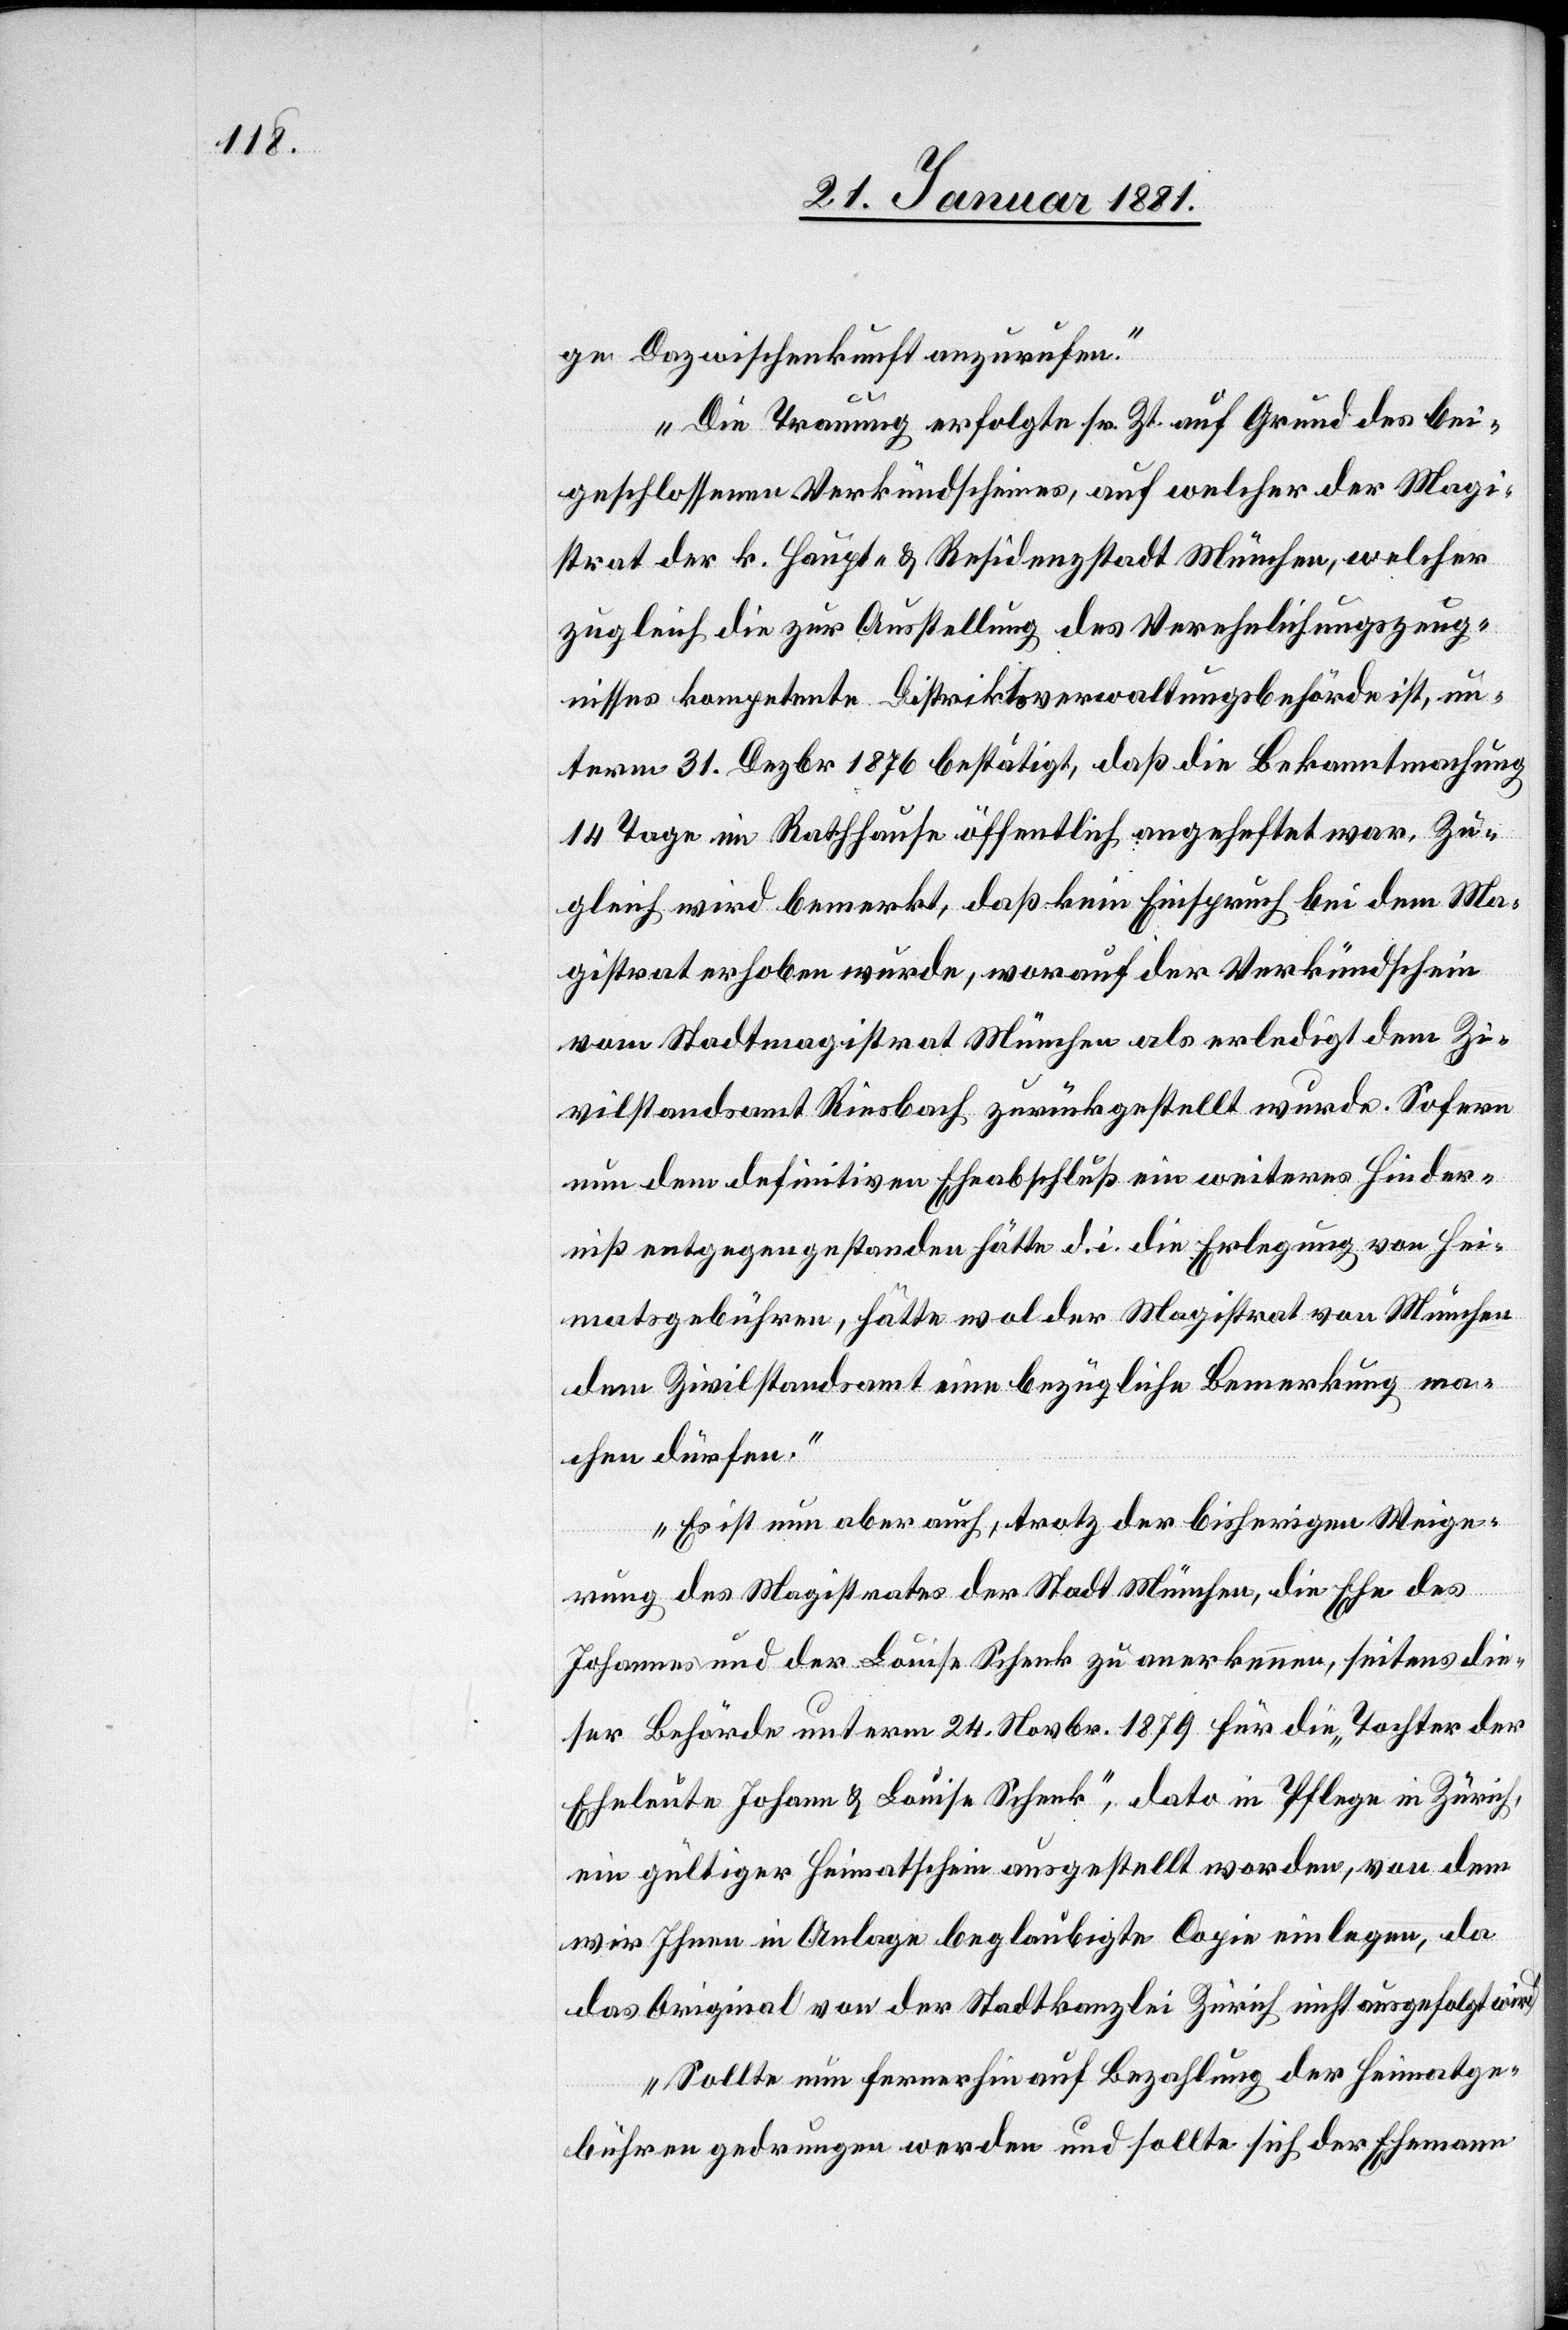
ge Dazwischenkunft auszurufen.“
„Die Trauung erfolgte sr. Zt. auf Grund des bei¬
geschlossenen Verkündscheines, auf welcher der Magi¬
strat der k. Haupt- und Residenzstadt München, welcher
zugleich die zur Ausstellung des Verehelichungszeug¬
nisses kompetente Distriktsverwaltungsbehörde ist, un¬
term 31. Dezbr. 1876 bestätigt, daß die Bekanntmachung
14 Tage im Rathhause öffentliche angeheftet war. Zu¬
gleich wird bemerkt, daß kein Einspruch bei dem Ma¬
gistrat erhoben wurde, worauf der Verkündschein
vom Stadtmagistrat München als erledigt dem Zi¬
vilstandsamt Riesbach zurückgestellt wurde. Sofern
um dem definitiven Eheabschluß ein weiteres Hinder¬
niß entgegengestanden hätte d. i. die Erlegung von Hei¬
matsgebühren, hätte wol der Magistrat von München
dem Zivilstandsamt eine bezügliche Bemerkung ma¬
chen dürfen.“
„Es ist nun aber auch, trotz der bisherigen Weige¬
rung des Magistrates der Stadt München, die Ehe des
Johannes und der Louise Schenk zu anerkennen, seitens die¬
ser Behörde unterm 24. Novbr. 1879 für die „Tochter der
Eheleute Johann [sic!] & Louise Schenk“, dato in Pflege in Zürich,
ein gültiger Heimatschein ausgestellt worden, von dem
wir Ihnen in Anlage beglaubigte Copie einlegen, da
das Original von der Stadtkanzlei Zürich nicht ausgefolgt wird.
„Sollte nun fernerhin auf Bezahlung der Heimatge¬
bühren gedrungen werden und sollte sich der Ehemann